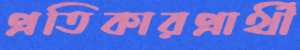
প্রতিকারপ্রার্থী